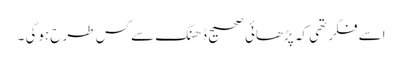
اسے فکر تھی کہ پڑھائی صحیح ڈھنگ سے کس طرح ہوگی ۔